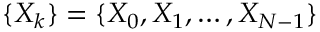
\{ X _ { k } \} = \{ X _ { 0 } , X _ { 1 } , \dots , X _ { N - 1 } \}